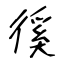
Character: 徯